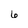
Character: 6